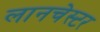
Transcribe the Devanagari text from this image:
लानचेस्टर